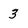
Character: 3